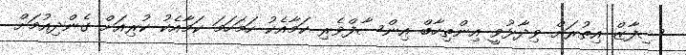
ޝިފާޒް އިތުރަށް ވިދާޅުވީ އިންތިހާބް އިންސާފްވެރި ކަމާއެކު ހަމަހަމަ ކަމާއެކު ކުރިއަށް ގެންދިއުމަށް